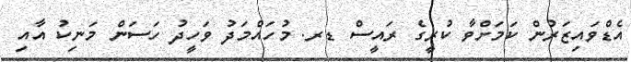
އެޑްވައިޒަރުން ކަމަށްވާ ކުރީގެ ރައީސް ޑރ. މުހައްމަދު ވަހީދު ހަސަން މަނިކު އާއި